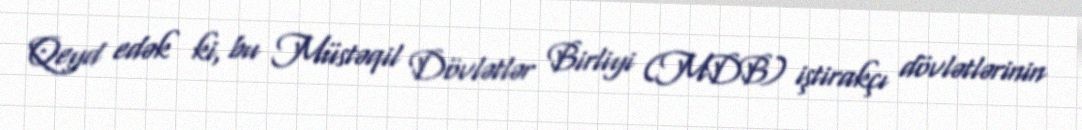
Qeyd edək ki, bu Müstəqil Dövlətlər Birliyi (MDB) iştirakçı dövlətlərinin